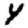
Digit: 4